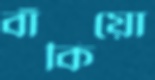
বাঁকিয়ো